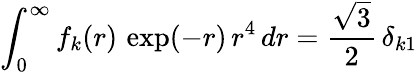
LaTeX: \int_{0}^{\infty}f_{k}(r)\, \exp(-r)\, r^{4}\, dr=\frac{\sqrt{3}}{2}\, \delta_{k1}